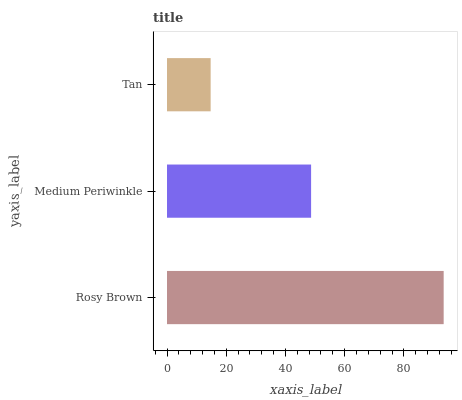
| yaxis_label | bars |
 | --- | --- |
 | Rosy Brown | 93.5 |
 | Medium Periwinkle | 48.7 |
 | Tan | 14.7 |